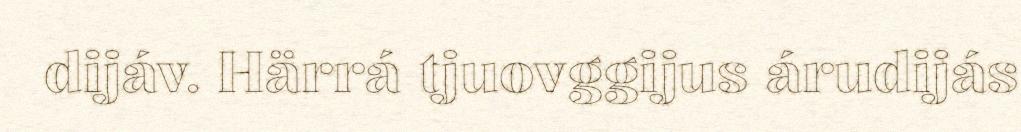
dijáv. Härrá tjuovggijus árudijás